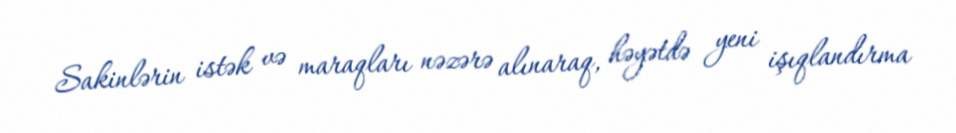
Sakinlərin istək və maraqları nəzərə alınaraq, həyətdə yeni işıqlandırma